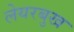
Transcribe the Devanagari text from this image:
लेयरबुख